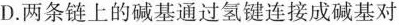
D.两条链上的碱基通过氢键连接成碱基对